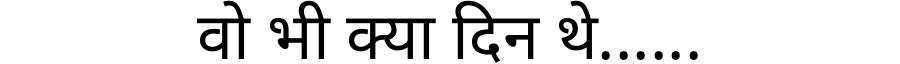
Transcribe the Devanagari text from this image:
वो भी क्या दिन थे......